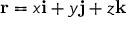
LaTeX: \mathbf { r } = x \mathbf { i } + y \mathbf { j } + z \mathbf { k }